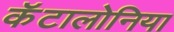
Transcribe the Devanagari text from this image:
कॅटालोनिया